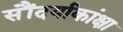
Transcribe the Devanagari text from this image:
सौंदर्याकांक्षा